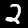
Label: 2